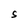
Character: S